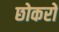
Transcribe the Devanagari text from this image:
छोकरों